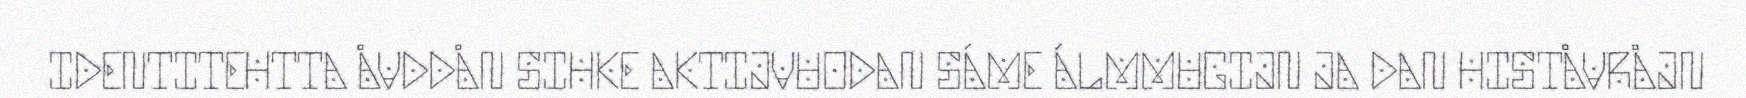
IDENTITEHTTA ÅVDDÅN SIHKE AKTIJVUODAN SÁME ÁLMMUGIJN JA DAN HISTÅVRÅJN